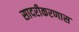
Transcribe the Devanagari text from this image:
सादरीकरणास